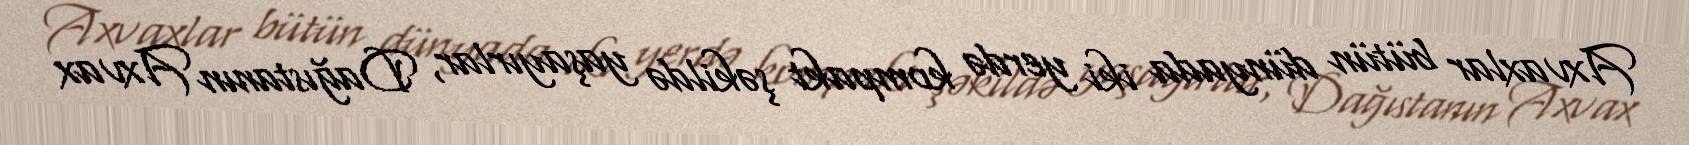
Axvaxlar bütün dünyada iki yerdə kompakt şəkildə yaşayırlar, Dağıstanın Axvax